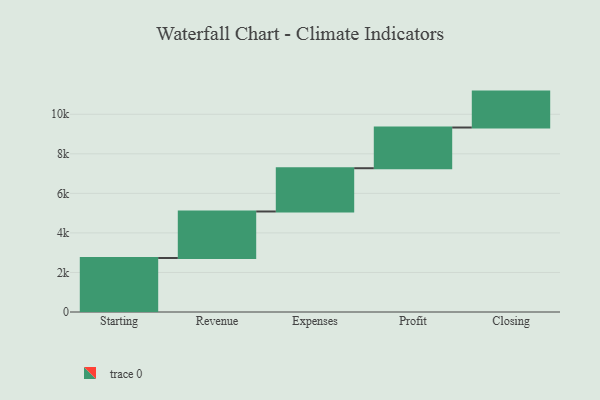
{"axis": {"x": "Step", "y": "Value"}, "legend": [""], "data": [{"x": "Starting", "y": 2732.0, "type": ""}, {"x": "Revenue", "y": 2352.0, "type": ""}, {"x": "Expenses", "y": 2188.0, "type": ""}, {"x": "Profit", "y": 2059.0, "type": ""}, {"x": "Closing", "y": 1816.0, "type": ""}]}